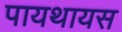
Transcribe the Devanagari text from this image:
पायथायस